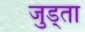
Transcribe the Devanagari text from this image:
जुड्ता